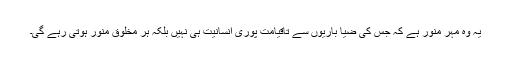
یہ وہ مہر منور ہے کہ جس کی ضیا باریوں سے تاقیامت پوری انسانیت ہی نہیں بلکہ ہر مخلوق منور ہوتی رہے گی۔